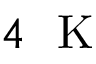
4 \ \mathrm { ~ K ~ }